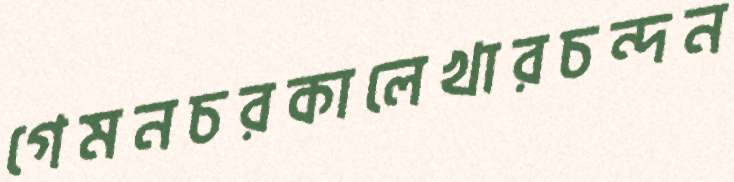
গেমনচরকালেখারচন্দন